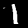
Label: 1